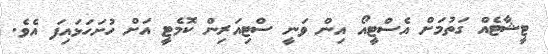
ޓީޝާޓެއް ގަތުމަށް އެސްޓީއޯ އިން ވަނީ ސްޓިއަރިން ކޮމެޓީ އަށް ހުށަހަޅައިފަ އެވެ.